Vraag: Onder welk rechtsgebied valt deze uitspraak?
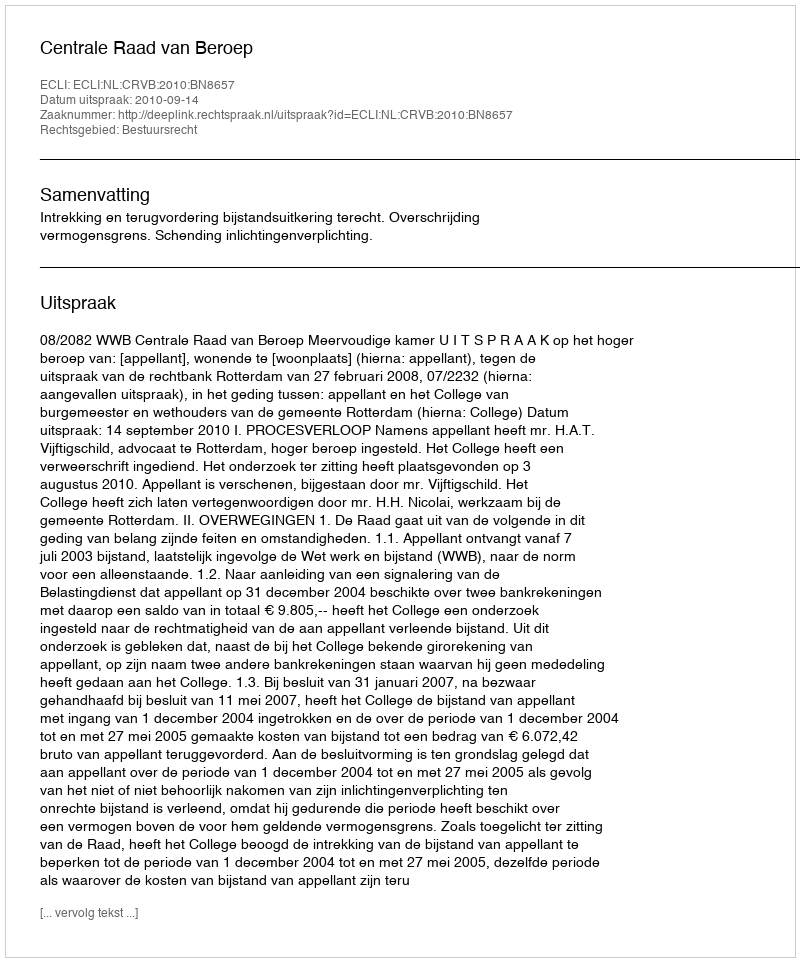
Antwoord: Bestuursrecht